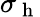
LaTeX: \sigma_{\mathrm{~h~}}